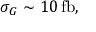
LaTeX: \sigma _ { G } \sim 1 0 \, \mathrm { f b } ,